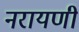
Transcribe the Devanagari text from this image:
नरायणी